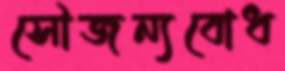
সৌজন্যবোধ